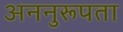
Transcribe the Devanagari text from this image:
अननुरूपता